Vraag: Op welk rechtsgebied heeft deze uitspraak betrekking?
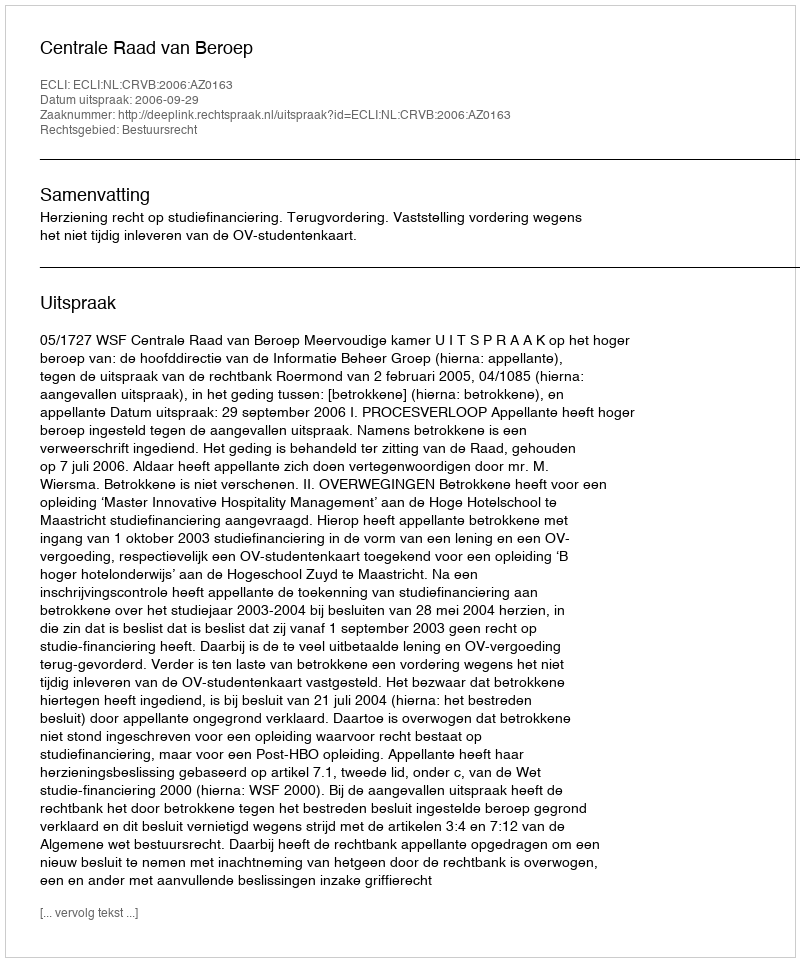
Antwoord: Bestuursrecht